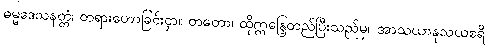
ဓမ္မဒေသနတ္တံ၊ တရားဟောခြင်းငှာ။ တတော၊ ထိုဣန္ဒြေတည်ပြီးသည်မှ။ အာသယာနုသယစရိ